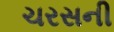
ચરસની